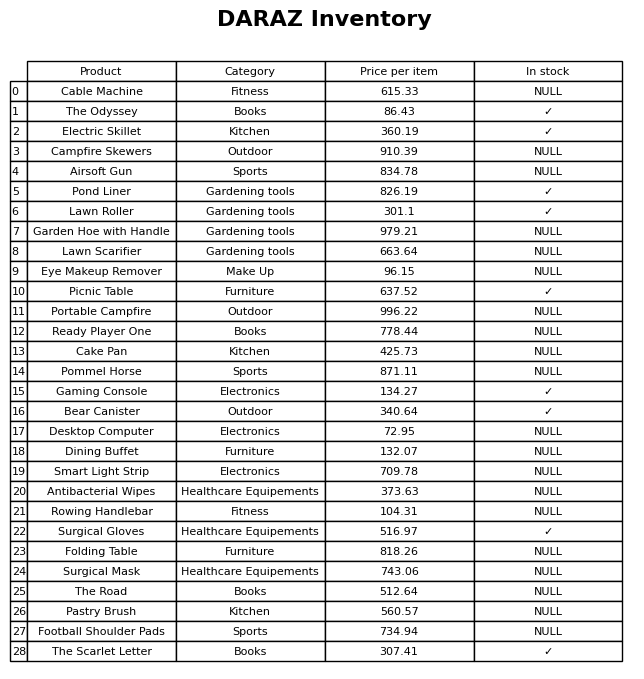
question: Which products are available in stock?
answer: The Odyssey, Electric Skillet, Pond Liner, Lawn Roller, Picnic Table, Gaming Console, Bear Canister, Surgical Gloves, The Scarlet Letter